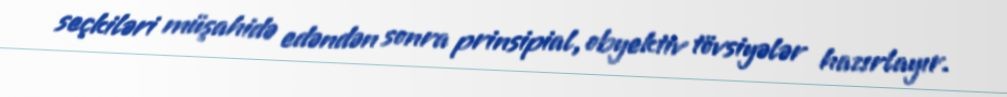
seçkiləri müşahidə edəndən sonra prinsipial, obyektiv tövsiyələr hazırlayır.